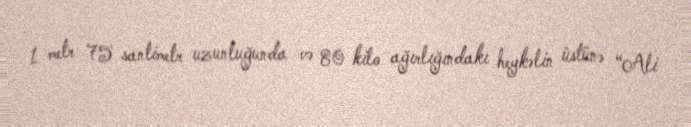
1 metr 75 santimetr uzunluğunda və 80 kilo ağırlığındakı heykəlin üstünə “Ali